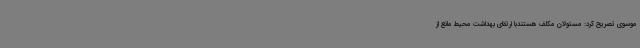
موسوی تصریح کرد: مسئولان مکلف هستندبا ارتقای بهداشت محیط مانع از